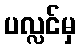
ပလ္လင်မှ